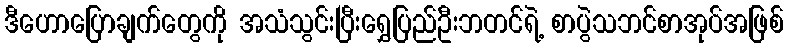
ဒီဟောပြောချက်တွေကို အသံသွင်းပြီးရွှေပြည်ဦးဘတင်ရဲ့ စာပွဲသဘင်စာအုပ်အဖြစ်